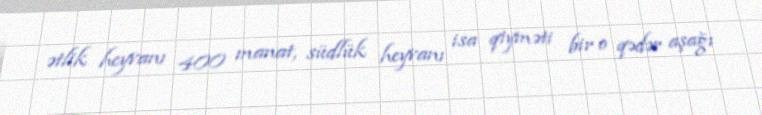
ətlik heyvanı 400 manat, südlük heyvanı isa qiyməti bir o qədər aşağı